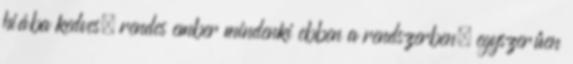
hiába kedves, rendes ember mindenki ebben a rendszerben, egyszerűen